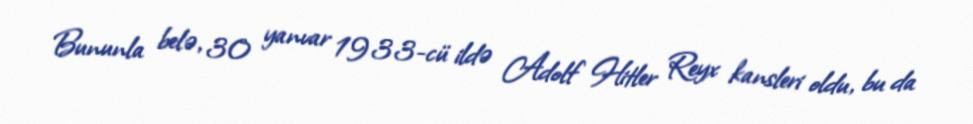
Bununla belə, 30 yanvar 1933-cü ildə Adolf Hitler Reyx kansleri oldu, bu da